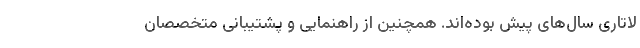
لاتاری سال‌های پیش بوده‌اند. همچنین از راهنمایی و پشتیبانی متخصصان